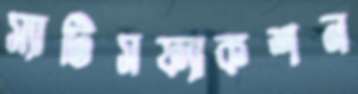
স্যাটিসফ্যাকশন